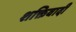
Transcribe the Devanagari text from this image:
शक्तिवादी